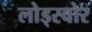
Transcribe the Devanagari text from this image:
लोड्स्वोर